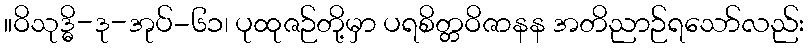
။ဝိသုဒ္ဓိ-ဒု-အုပ်-၆၁၊ ပုထုဇဉ်တို့မှာ ပရစိတ္တဝိဇာနန အတိညာဉ်ရသော်လည်း